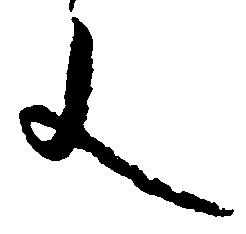
文